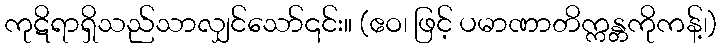
ကုဋိရာရှိသည်သာလျှင်သော်၎င်း။ (ဧဝ၊ ဖြင့် ပမာဏာတိက္ကန္တကိုကန့်၊)